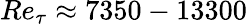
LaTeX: Re_{\tau}\approx 7350-13300